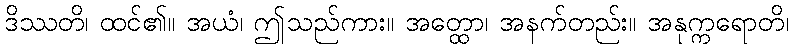
ဒိဿတိ၊ ထင်၏။ အယံ၊ ဤသည်ကား။ အတ္ထော၊ အနက်တည်း။ အနုက္ကရောတိ၊